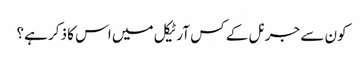
کون سے جرنل کے کس آرٹیکل میں اس کا ذکر ہے؟